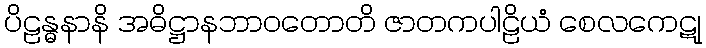
ပိဠန္ဓနာနိ အဓိဋ္ဌာနဘာဝတောတိ ဇာတကပါဠိယံ စေလကေဋု